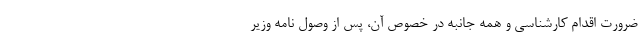
ضرورت اقدام کارشناسی و همه جانبه در خصوص آن، پس از وصول نامه وزیر